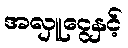
အလှူငွေနှင့်